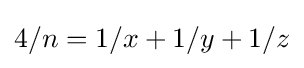
4/n=1/x+1/y+1/z